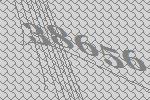
38656